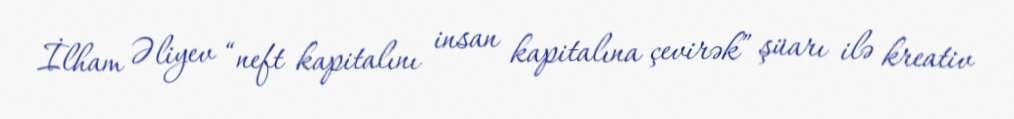
İlham Əliyev “neft kapitalını insan kapitalına çevirək” şüarı ilə kreativ